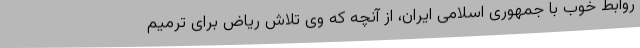
روابط خوب با جمهوری اسلامی ایران، از آنچه که وی تلاش ریاض برای ترمیم